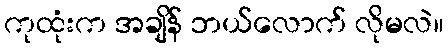
ကုထုံးက အချိန် ဘယ်လောက် လိုမလဲ။